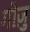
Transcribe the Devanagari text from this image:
गोज़ु